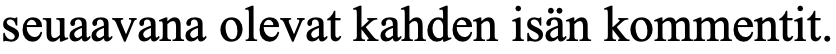
seuaavana olevat kahden isän kommentit.